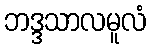
ဘဒ္ဒသာလမူလံ